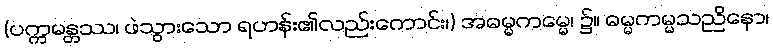
(ပက္ကမန္တဿ၊ ဖဲသွားသော ရဟန်း၏လည်းကောင်း၊) အဓမ္မကမ္မေ၊ ၌။ ဓမ္မကမ္မသညိနော၊